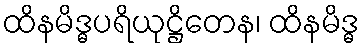
ထိနမိဒ္ဓပရိယုဋ္ဌိတေန၊ ထိနမိဒ္ဓ